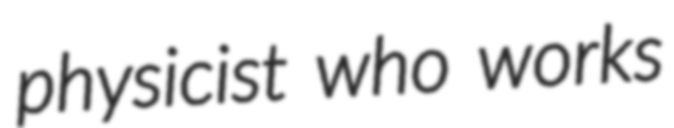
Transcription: physicist who works